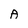
Character: A